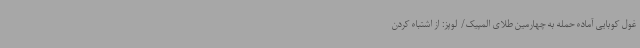
غول کوبایی آماده حمله به چهارمین طلای المپیک/ لوپز: از اشتباه کردن